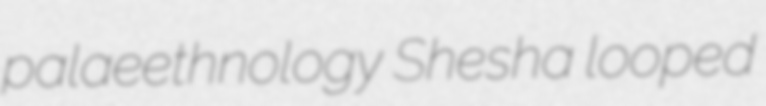
palaeethnology Shesha looped